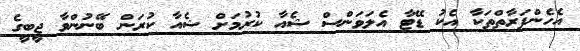
އެހެންފަރާތްތަކާ އެކު ޑޭޓާ އެލަވަންސް ޝެއާ ކުރުމަށް ޝެއާ ކުރަން ބޭނުންވާ ޖީބީގެ